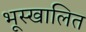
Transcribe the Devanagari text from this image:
भूस्खालित